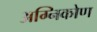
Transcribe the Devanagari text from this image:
अग्निकोण